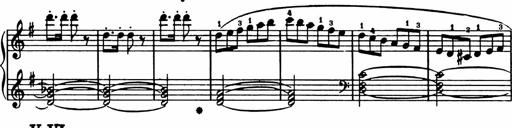
Title: Analytical Sonatinas
Composer: Frank Lynes